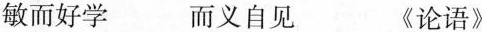
敏而好学 而义自见 《论语》